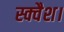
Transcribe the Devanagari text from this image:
स्क्वैश।